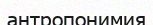
антропонимия